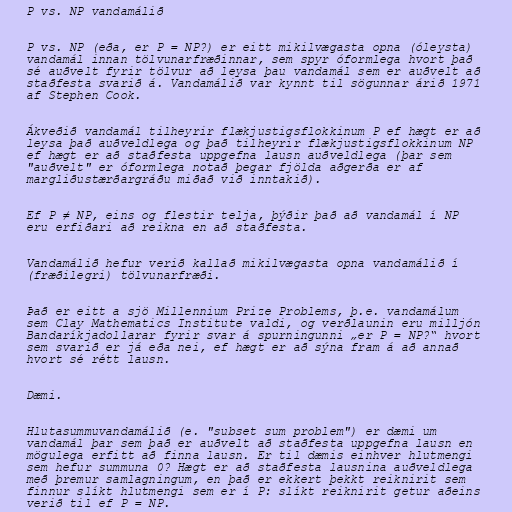
P vs. NP vandamálið

P vs. NP (eða, er P = NP?) er eitt mikilvægasta opna (óleysta)
vandamál innan tölvunarfræðinnar, sem spyr óformlega hvort það
sé auðvelt fyrir tölvur að leysa þau vandamál sem er auðvelt að
staðfesta svarið á. Vandamálið var kynnt til sögunnar árið 1971
af Stephen Cook.

Ákveðið vandamál tilheyrir flækjustigsflokkinum P ef hægt er að
leysa það auðveldlega og það tilheyrir flækjustigsflokkinum NP
ef hægt er að staðfesta uppgefna lausn auðveldlega (þar sem
"auðvelt" er óformlega notað þegar fjölda aðgerða er af
margliðustærðargráðu miðað við inntakið).

Ef P ≠ NP, eins og flestir telja, þýðir það að vandamál í NP
eru erfiðari að reikna en að staðfesta.

Vandamálið hefur verið kallað mikilvægasta opna vandamálið í
(fræðilegri) tölvunarfræði.

Það er eitt a sjö Millennium Prize Problems, þ.e. vandamálum
sem Clay Mathematics Institute valdi, og verðlaunin eru milljón
Bandaríkjadollarar fyrir svar á spurningunni „er P = NP?“ hvort
sem svarið er já eða nei, ef hægt er að sýna fram á að annað
hvort sé rétt lausn.

Dæmi.

Hlutasummuvandamálið (e. "subset sum problem") er dæmi um
vandamál þar sem það er auðvelt að staðfesta uppgefna lausn en
mögulega erfitt að finna lausn. Er til dæmis einhver hlutmengi
sem hefur summuna 0? Hægt er að staðfesta lausnina auðveldlega
með þremur samlagningum, en það er ekkert þekkt reiknirit sem
finnur slíkt hlutmengi sem er í P: slíkt reiknirit getur aðeins
verið til ef P = NP.